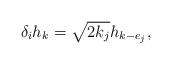
LaTeX: \begin{align*}\delta_i h_k=\sqrt{2k_j}h_{k-e_j},\end{align*}